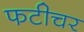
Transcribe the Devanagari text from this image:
फटीचर